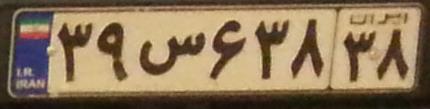
۳۹س۶۳۸۳۸